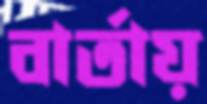
বার্তায়